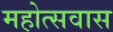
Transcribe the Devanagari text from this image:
महोत्सवास